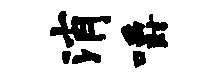
消嚼